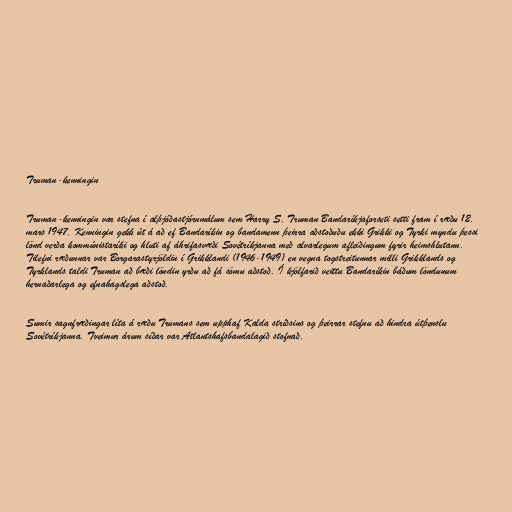
Truman-kenningin

Truman-kenningin var stefna í alþjóðastjórnmálum sem Harry S. Truman Bandaríkjaforseti setti fram í ræðu 12.
mars 1947. Kenningin gekk út á að ef Bandaríkin og bandamenn þeirra aðstoðuðu ekki Grikki og Tyrki myndu þessi
lönd verða kommúnistaríki og hluti af áhrifasvæði Sovétríkjanna með alvarlegum afleiðingum fyrir heimshlutann.
Tilefni ræðunnar var Borgarastyrjöldin í Grikklandi (1946-1949) en vegna togstreitunnar milli Grikklands og
Tyrklands taldi Truman að bæði löndin yrðu að fá sömu aðstoð. Í kjölfarið veittu Bandaríkin báðum löndunum
hernaðarlega og efnahagslega aðstoð.

Sumir sagnfræðingar líta á ræðu Trumans sem upphaf Kalda stríðsins og þeirrar stefnu að hindra útþenslu
Sovétríkjanna. Tveimur árum síðar var Atlantshafsbandalagið stofnað.